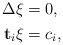
\begin{align*}\begin{aligned}\Delta \xi &= 0, \\\mathbf{t}_i \xi &= c_i ,\end{aligned} \end{align*}